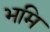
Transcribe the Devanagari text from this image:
भमि